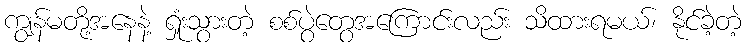
ကျွန်မတို့အနေနဲ့ ရှုံးသွားတဲ့ စစ်ပွဲတွေအကြောင်းလည်း သိထားရမယ်၊ နိုင်ခဲ့တဲ့